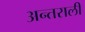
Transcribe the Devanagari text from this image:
अन्तराली